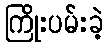
ကြိုးပမ်းခဲ့